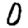
Digit: 0